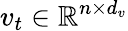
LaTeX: v_{t}\in\mathbb{R}^{n\times d_{v}}